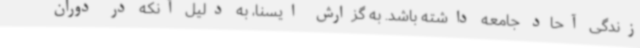
زندگی آحاد جامعه داشته باشد. به گزارش ایسنا، به دلیل آنکه در دوران